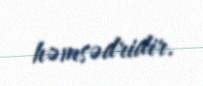
həmsədridir.